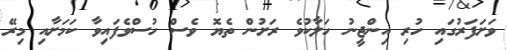
ވަށަފަރުގައި ހުރި އިންޖީނު ހަލާކުވެ ރަށުން ތެޔޮ ވެސް ހުސްވެފައިވާ ކަމަށާއި މިރޭ